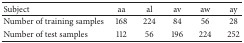
<table><thead><tr><td><b>Subject</b></td><td><b>aa</b></td><td><b>al</b></td><td><b>av</b></td><td><b>aw</b></td><td><b>ay</b></td></tr></thead><tbody><tr><td>Number of training samples</td><td>168</td><td>224</td><td>84</td><td>56</td><td>28</td></tr><tr><td>Number of test samples</td><td>112</td><td>56</td><td>196</td><td>224</td><td>252</td></tr></tbody></table>